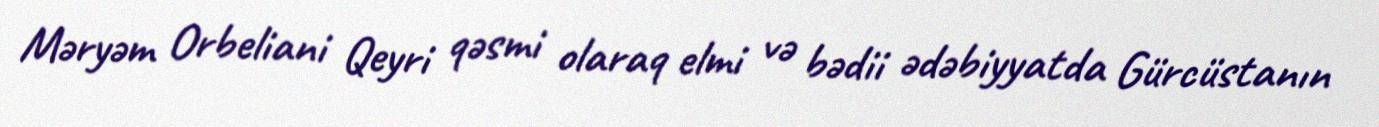
Məryəm Orbeliani Qeyri qəsmi olaraq elmi və bədii ədəbiyyatda Gürcüstanın